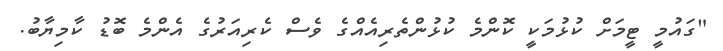
"ގައުމީ ޓީމަށް ކުޅުމަކީ ކޮންމެ ކުޅުންތެރިއެއްގެ ވެސް ކެރިއަރުގެ އެންމެ ބޮޑު ކާމިޔާބު.